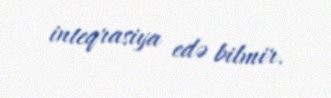
inteqrasiya edə bilmir.